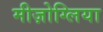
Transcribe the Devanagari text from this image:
मीज़ोग्लिया